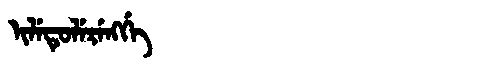
Manchu: ᡳᠯᡝᡨᡠᠯᡝᡵᡝᠩᡤᡝ
Romanization: ILETULERENGGE